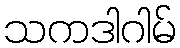
သကဒါဂါမ်